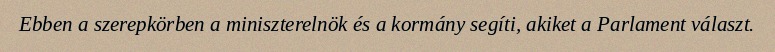
Ebben a szerepkörben a miniszterelnök és a kormány segíti, akiket a Parlament választ.